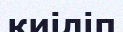
киіліп